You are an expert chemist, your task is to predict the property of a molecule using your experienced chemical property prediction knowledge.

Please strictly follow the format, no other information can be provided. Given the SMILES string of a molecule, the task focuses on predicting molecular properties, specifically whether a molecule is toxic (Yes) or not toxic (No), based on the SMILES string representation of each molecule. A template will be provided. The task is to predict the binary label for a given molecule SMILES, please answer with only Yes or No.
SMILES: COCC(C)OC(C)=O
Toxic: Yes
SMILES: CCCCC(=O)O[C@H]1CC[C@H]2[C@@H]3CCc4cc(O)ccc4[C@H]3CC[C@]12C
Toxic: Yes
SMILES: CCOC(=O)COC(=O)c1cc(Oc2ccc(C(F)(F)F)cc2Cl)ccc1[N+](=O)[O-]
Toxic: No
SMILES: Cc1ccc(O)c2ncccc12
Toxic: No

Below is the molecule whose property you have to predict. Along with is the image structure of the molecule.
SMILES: ClC1=C(Cl)C2(Cl)C(CBr)CC1(Cl)C2(Cl)Cl
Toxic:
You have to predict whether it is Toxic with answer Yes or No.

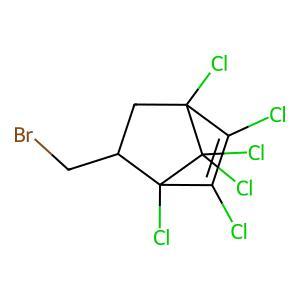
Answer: No